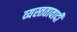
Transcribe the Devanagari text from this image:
व्यस्ततावादी